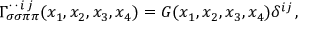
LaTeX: \Gamma _ { \sigma \sigma \pi \pi } ^ { \, \cdot \, \cdot \, i \, j } ( x _ { 1 } , x _ { 2 } , x _ { 3 } , x _ { 4 } ) = G ( x _ { 1 } , x _ { 2 } , x _ { 3 } , x _ { 4 } ) \delta ^ { i j } \, ,